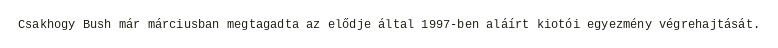
Csakhogy Bush már márciusban megtagadta az elődje által 1997-ben aláírt kiotói egyezmény végrehajtását.